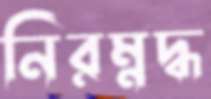
নিরম্নদ্ধ